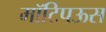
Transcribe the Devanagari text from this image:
मॉटिपऊस